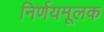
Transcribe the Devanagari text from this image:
निर्णयमूलक